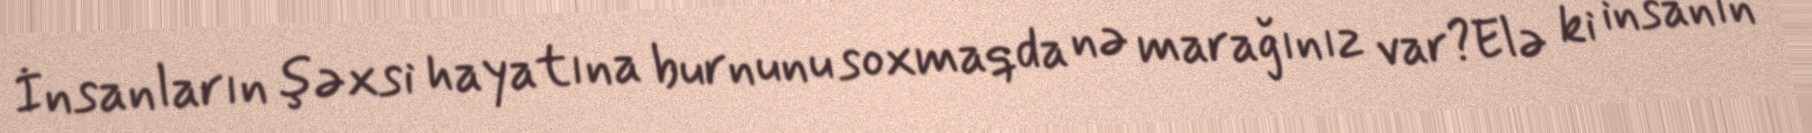
İnsanların şəxsi hayatına burnunu soxmaqda nə marağınız var?Elə ki insanın